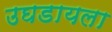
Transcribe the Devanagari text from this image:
उघडायला